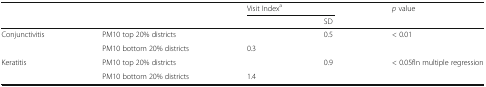
<table><thead><tr><td colspan="2" rowspan="2">[EMPTY_CELL]</td><td colspan="2"><b>Visit Index<sup>a</sup></b></td><td rowspan="2"><b><i>p</i> value</b></td></tr><tr><td>[EMPTY_CELL]</td><td><b>SD</b></td></tr></thead><tbody><tr><td rowspan="2">Conjunctivitis</td><td>PM10 top 20% districts</td><td>[EMPTY_CELL]</td><td>0.5</td><td rowspan="2">&lt; 0.01</td></tr><tr><td>PM10 bottom 20% districts</td><td>0.3</td><td>[EMPTY_CELL]</td></tr><tr><td rowspan="2">Keratitis</td><td>PM10 top 20% districts</td><td>[EMPTY_CELL]</td><td>0.9</td><td rowspan="2">&lt; 0.05fIn multiple regression</td></tr><tr><td>PM10 bottom 20% districts</td><td>1.4</td><td>[EMPTY_CELL]</td></tr></tbody></table>